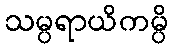
သမ္ပရာယိကမ္ပိ